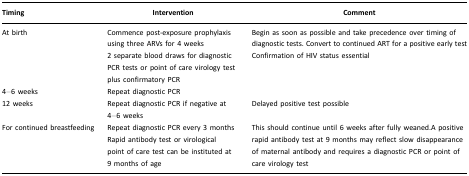
<table><thead><tr><td><b>Timing</b></td><td><b>Intervention</b></td><td><b>Comment</b></td></tr></thead><tbody><tr><td>At birth</td><td>Commence post-exposure prophylaxis using three ARVs for 4 weeks</td><td>Begin as soon as possible and take precedence over timing of diagnostic tests. Convert to continued ART for a positive early test</td></tr><tr><td></td><td>2 separate blood draws for diagnostic PCR tests or point of care virology test plus confirmatory PCR</td><td>Confirmation of HIV status essential</td></tr><tr><td>4–6 weeks</td><td>Repeat diagnostic PCR</td><td></td></tr><tr><td>12 weeks</td><td>Repeat diagnostic PCR if negative at 4–6 weeks</td><td>Delayed positive test possible</td></tr><tr><td>For continued breastfeeding</td><td>Repeat diagnostic PCR every 3 monthsRapid antibody test or virological point of care test can be instituted at 9 months of age</td><td>This should continue until 6 weeks after fully weaned.A positive rapid antibody test at 9 months may reflect slow disappearance of maternal antibody and requires a diagnostic PCR or point of care virology test</td></tr></tbody></table>